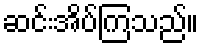
ဆင်းအိပ်ကြသည်။